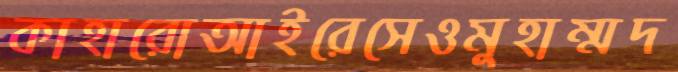
কাহারোআইরেসেওমুহাম্মদ